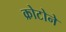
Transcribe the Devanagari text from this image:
क्रोटोने